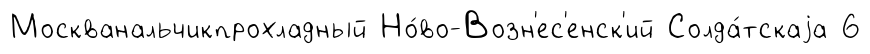
Москванальчикпрохладный Но́во-Возн'ес'енск'ий Солда́тскаjа 6